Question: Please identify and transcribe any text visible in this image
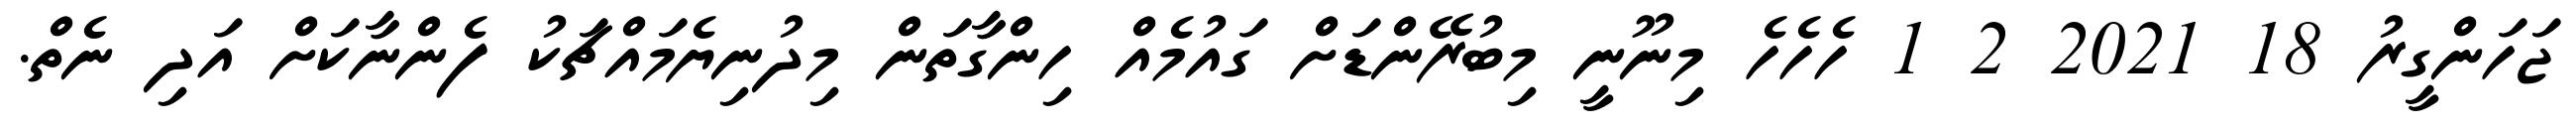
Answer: ޖަހަންގީރު 18 2021 2 1 ހެހެހެ މިނޫނީ މިބުރޭންޑަށް ގައުމެއް ހިންގާތަން މިދުނިޔެމައްޗަކު ފެންނާކަށް އަދި ނެތް.